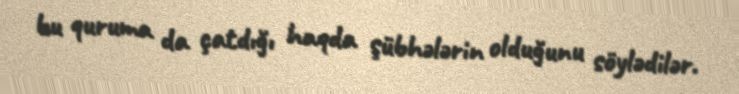
bu quruma da çatdığı haqda şübhələrin olduğunu söylədilər.